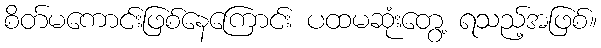
စိတ်မကောင်းဖြစ်နေကြောင်း ပထမဆုံးတွေ့ ရသည့်အဖြစ်။